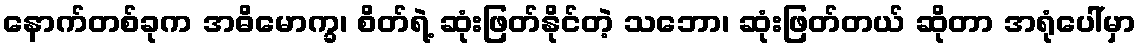
နောက်တစ်ခုက အဓိမောက္ခ၊ စိတ်ရဲ့ ဆုံးဖြတ်နိုင်တဲ့ သဘော၊ ဆုံးဖြတ်တယ် ဆိုတာ အရုံပေါ်မှာ